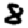
Digit: 8